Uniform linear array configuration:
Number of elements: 32
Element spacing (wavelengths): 0.5
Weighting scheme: kaiser
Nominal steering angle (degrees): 0
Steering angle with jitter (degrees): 1.121
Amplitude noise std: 0.05
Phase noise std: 0.05

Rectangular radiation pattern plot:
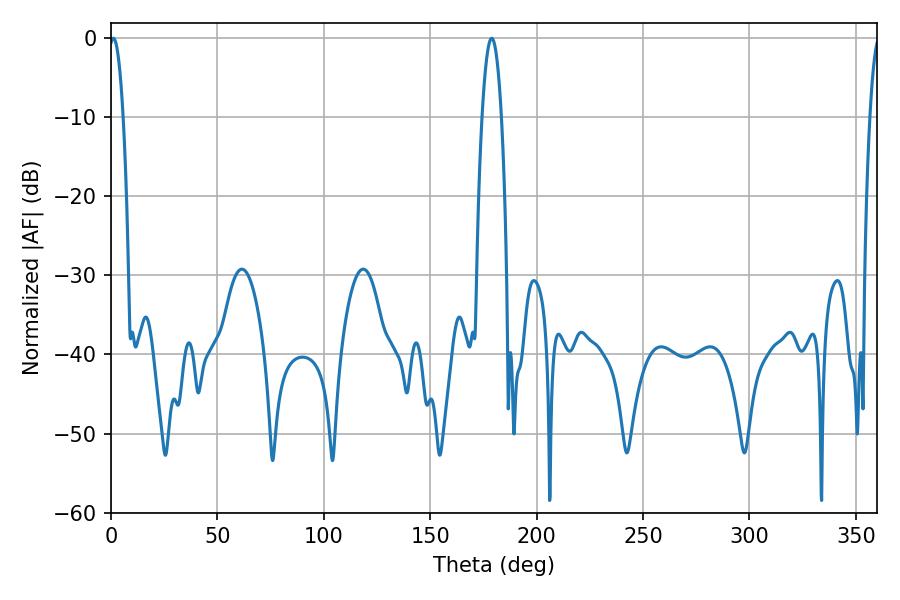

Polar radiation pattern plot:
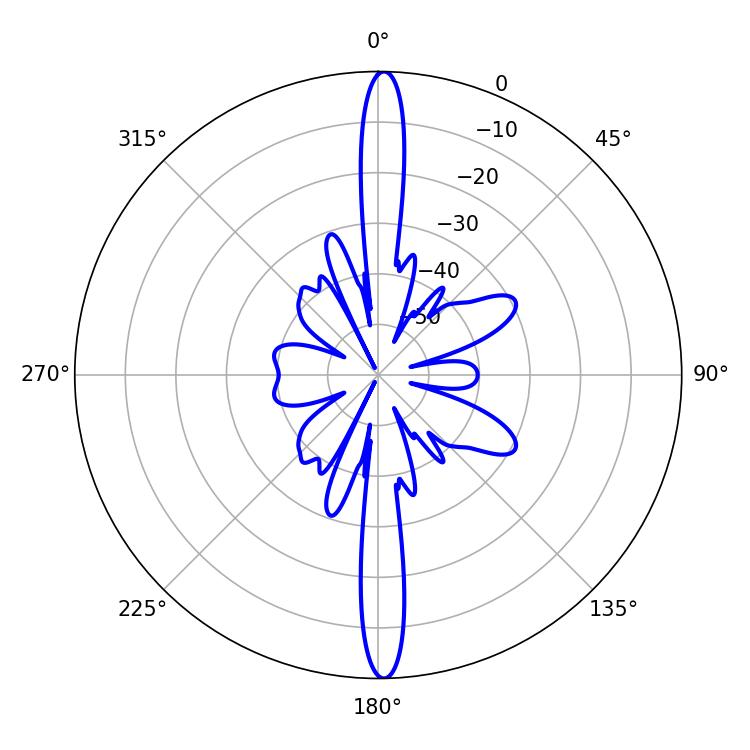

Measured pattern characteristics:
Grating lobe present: FALSE
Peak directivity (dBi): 26.992
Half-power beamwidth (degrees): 3.6
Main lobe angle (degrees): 1.08